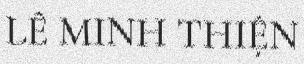
LÊ MINH THIỆN